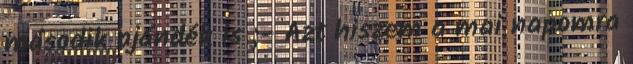
második ajándék is ;- Azt hiszem a mai napomra